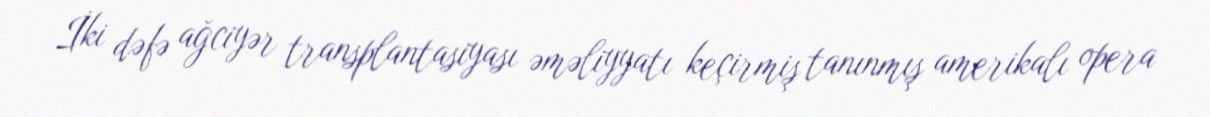
İki dəfə ağciyər transplantasiyası əməliyyatı keçirmiş tanınmış amerikalı opera